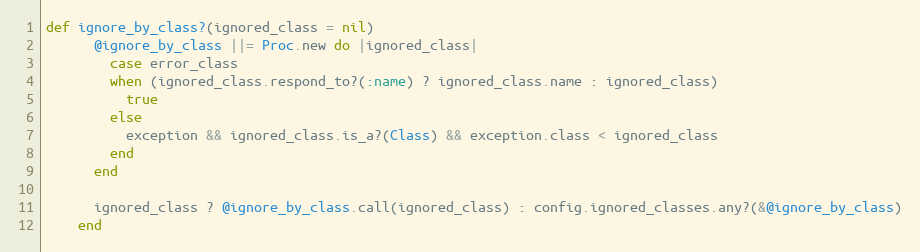
Language: Ruby
def ignore_by_class?(ignored_class = nil)
      @ignore_by_class ||= Proc.new do |ignored_class|
        case error_class
        when (ignored_class.respond_to?(:name) ? ignored_class.name : ignored_class)
          true
        else
          exception && ignored_class.is_a?(Class) && exception.class < ignored_class
        end
      end

      ignored_class ? @ignore_by_class.call(ignored_class) : config.ignored_classes.any?(&@ignore_by_class)
    end